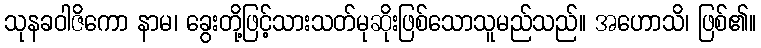
သုနခဝါဇိကော နာမ၊ ခွေးတို့ဖြင့်သားသတ်မုဆိုးဖြစ်သောသူမည်သည်။ အဟောသိ၊ ဖြစ်၏။